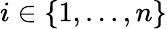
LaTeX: i\in\{ 1,...,n\}